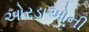
ઓરડાઓની